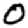
Digit: 0